Source: Handwritten
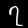
Digit: ၇ (7)